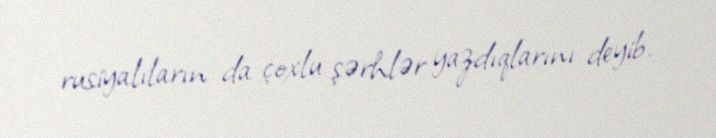
rusiyalıların da çoxlu şərhlər yazdıqlarını deyib.